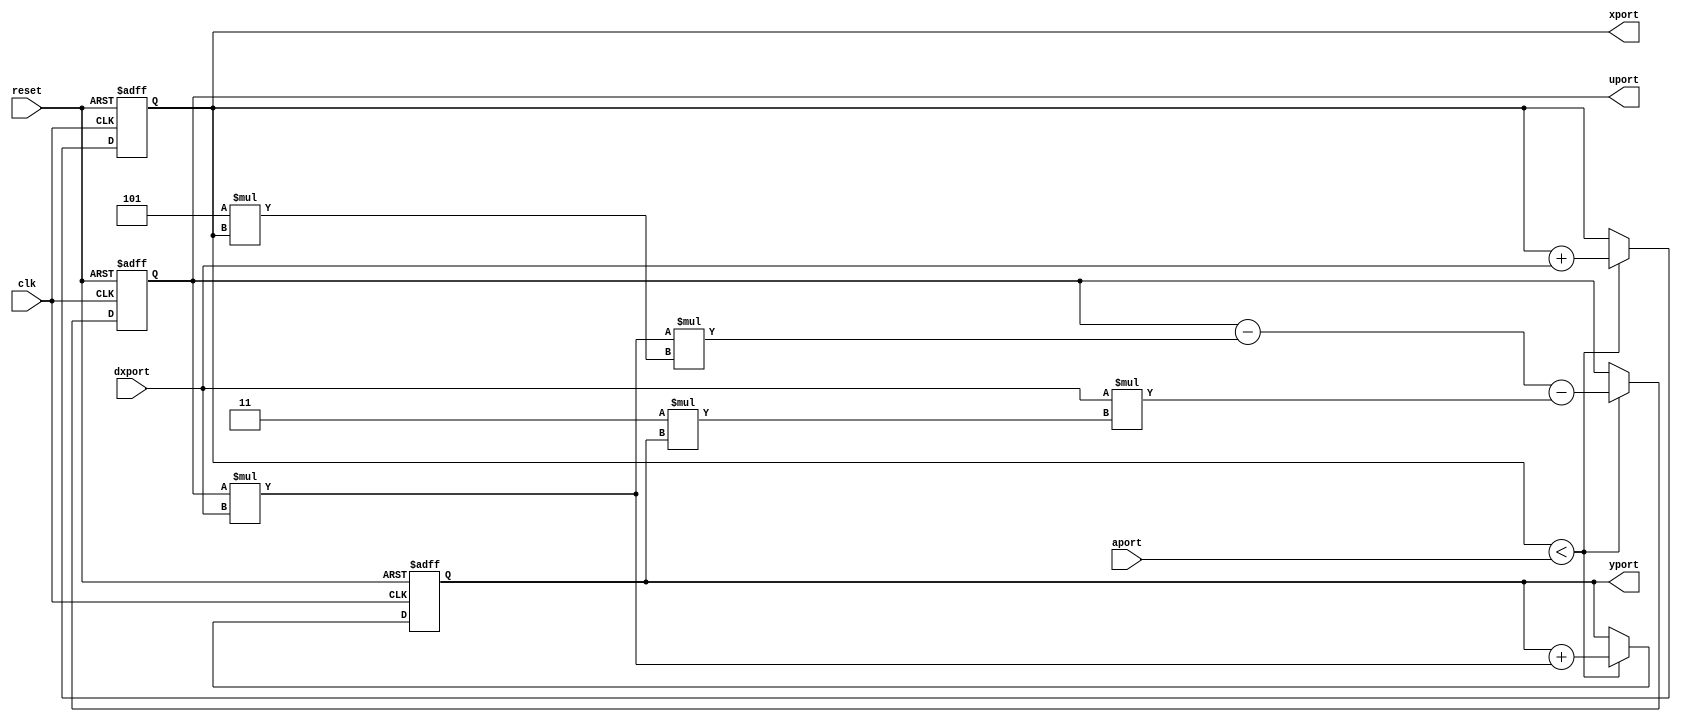
module diffeq_f_systemC(aport, dxport, xport, yport, uport, clk, reset);

input clk;
input reset;
input [31:0]aport;
input [31:0]dxport;
output [31:0]xport;
output [31:0]yport;
output [31:0]uport;
reg [31:0]xport;
reg [31:0]yport;
reg [31:0]uport;
wire [31:0]temp;

assign temp = uport * dxport;
always @(posedge clk or posedge reset)
begin
	if (reset == 1'b1)
	begin
		xport <= 0;
		yport <= 0;
		uport <= 0;
	end
else
  	if (xport < aport) 
	begin
		xport <= xport + dxport;
		yport <= yport + temp;//(uport * dxport);
		uport <= (uport - (temp/*(uport * dxport)*/ * (5 * xport))) - (dxport * (3 * yport));
	end
end
endmodule